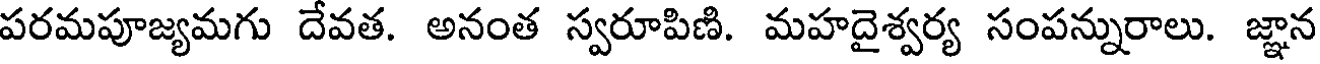
పరమపూజ్యమగు దేవత. అనంత స్వరూపిణి. మహదైశ్వర్య సంపన్నురాలు. జ్ఞాన